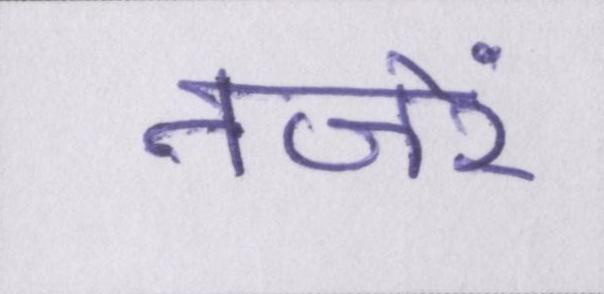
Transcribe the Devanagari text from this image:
नजरें